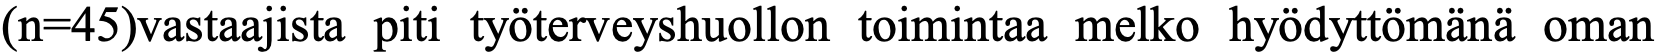
(n=45)vastaajista piti työterveyshuollon toimintaa melko hyödyttömänä oman